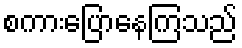
စကားပြောနေကြသည်